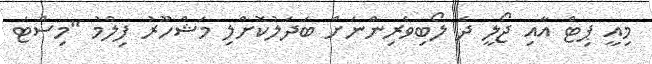
މިއީ ޕިޓް އާއި ޖޯލީ ދެ ލޯބިވެރިންނަށް ބަދަލުކޮށްލި މަޝްހޫރު ފިލްމު "މިސްޓަ